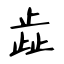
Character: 歮